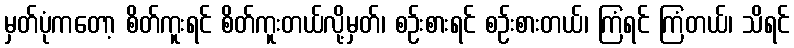
မှတ်ပုံကတော့ စိတ်ကူးရင် စိတ်ကူးတယ်လို့မှတ်၊ စဉ်းစားရင် စဉ်းစားတယ်၊ ကြံရင် ကြံတယ်၊ သိရင်